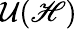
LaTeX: {\cal U}(\mathscr{H})